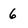
Character: 6